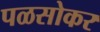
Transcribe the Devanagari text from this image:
पळसोकर